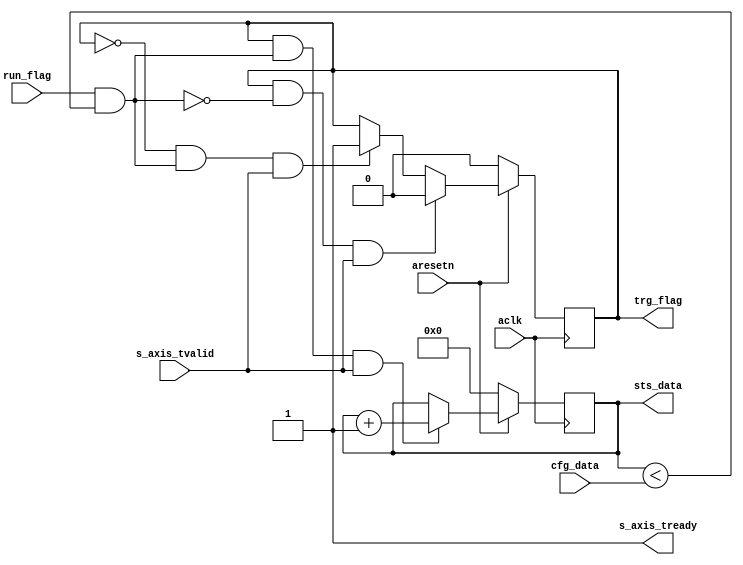

`timescale 1 ns / 1 ps

module axis_timer #
(
  parameter integer CNTR_WIDTH = 64
)
(
  // System signals
  input  wire                  aclk,
  input  wire                  aresetn,

  input  wire                  run_flag,
  input  wire [CNTR_WIDTH-1:0] cfg_data,

  output wire                  trg_flag,
  output wire [CNTR_WIDTH-1:0] sts_data,

  // Slave side
  output wire                  s_axis_tready,
  input  wire                  s_axis_tvalid
);

  reg [CNTR_WIDTH-1:0] int_cntr_reg, int_cntr_next;
  reg int_enbl_reg, int_enbl_next;

  wire int_comp_wire;

  always @(posedge aclk)
  begin
    if(~aresetn)
    begin
      int_cntr_reg <= {(CNTR_WIDTH){1'b0}};
      int_enbl_reg <= 1'b0;
    end
    else
    begin
      int_cntr_reg <= int_cntr_next;
      int_enbl_reg <= int_enbl_next;
    end
  end

  assign int_comp_wire = run_flag & (int_cntr_reg < cfg_data);

  always @*
  begin
    int_cntr_next = int_cntr_reg;
    int_enbl_next = int_enbl_reg;

    if(~int_enbl_reg & int_comp_wire & s_axis_tvalid)
    begin
      int_enbl_next = 1'b1;
    end

    if(int_enbl_reg & int_comp_wire & s_axis_tvalid)
    begin
      int_cntr_next = int_cntr_reg + 1'b1;
    end

    if(int_enbl_reg & ~int_comp_wire & s_axis_tvalid)
    begin
      int_enbl_next = 1'b0;
    end
  end

  assign trg_flag = int_enbl_reg;
  assign sts_data = int_cntr_reg;

  assign s_axis_tready = 1'b1;

endmodule